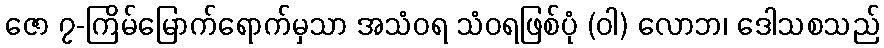
ဇော ၇-ကြိမ်မြောက်ရောက်မှသာ အသံဝရ သံဝရဖြစ်ပုံ (ဝါ) လောဘ၊ ဒေါသစသည်